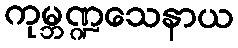
ကုမ္ဘဏ္ဍသေနာယ